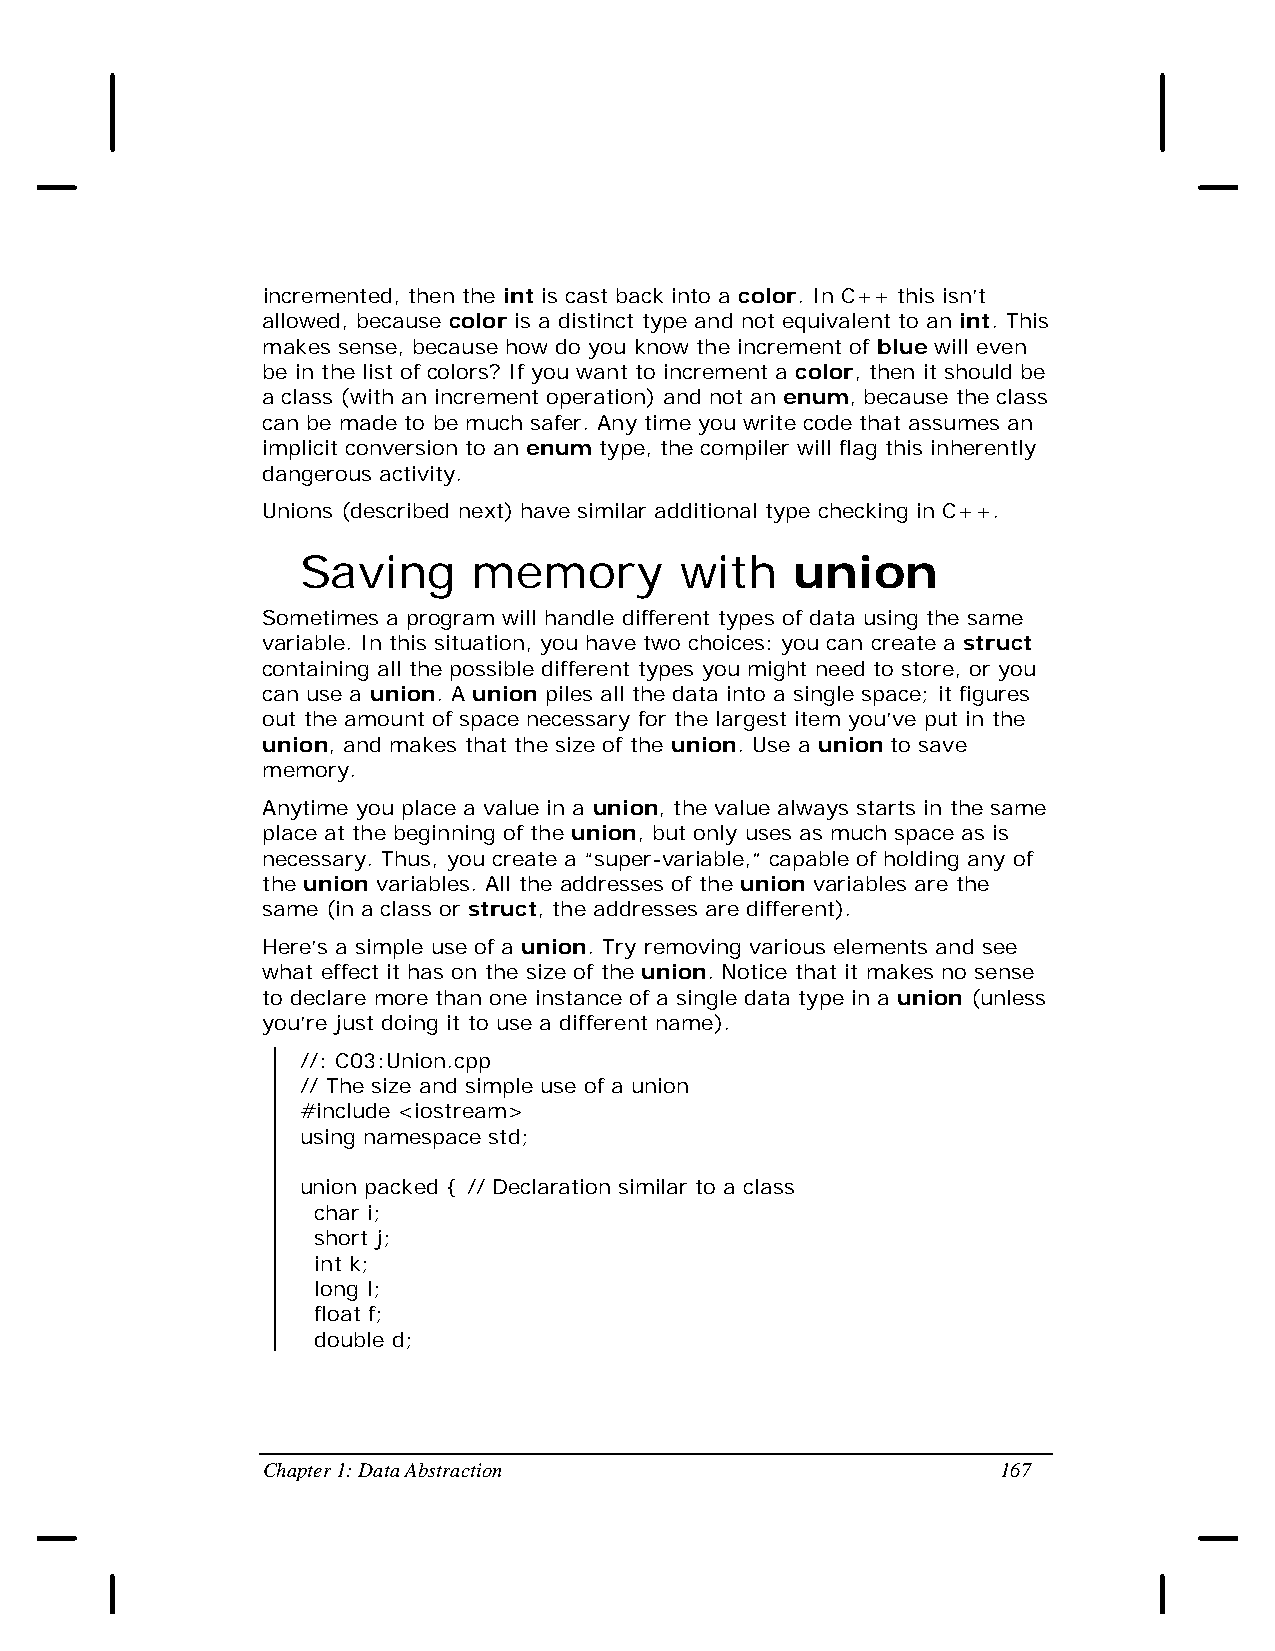
incremented, then the int is cast back into a color. In C++ this isn’t
 allowed, because color is a distinct type and not equivalent to an int. This
 makes sense, because how do you know the increment of blue will even
 be in the list of colors? If you want to increment a color, then it should be
 a class (with an increment operation) and not an enum, because the class
 can be made to be much safer. Any time you write code that assumes an
 implicit conversion to an enum type, the compiler will flag this inherently
 dangerous activity.
 Unions (described next) have similar additional type checking in C++.
 Saving     memory        with   union
 Sometimes a program will handle different types of data using the same
 variable. In this situation, you have two choices: you can create a struct
 containing all the possible different types you might need to store, or you
 can use a union. A union piles all the data into a single space; it figures
 out the amount of space necessary for the largest item you’ve put in the
 union, and makes that the size of the union. Use a union to save
 memory.
 Anytime you place a value in a union, the value always starts in the same
 place at the beginning of the union, but only uses as much space as is
 necessary. Thus, you create a “super-variable,” capable of holding any of
 the union variables. All the addresses of the union variables are the
 same (in a class or struct, the addresses are different).
 Here’s a simple use of a union. Try removing various elements and see
 what effect it has on the size of the union. Notice that it makes no sense
 to declare more than one instance of a single data type in a union (unless
 you’re just doing it to use a different name).
 //: C03:Union.cpp
 // The size and simple use of a union
 #include <iostream>
 using namespace std;
 union packed { // Declaration similar to a class
 char i;
 short j;
 int k;
 long l;
 float f;
 double d;
 Chapter 1: Data Abstraction                      167